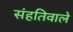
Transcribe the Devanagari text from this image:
संहतिवाले